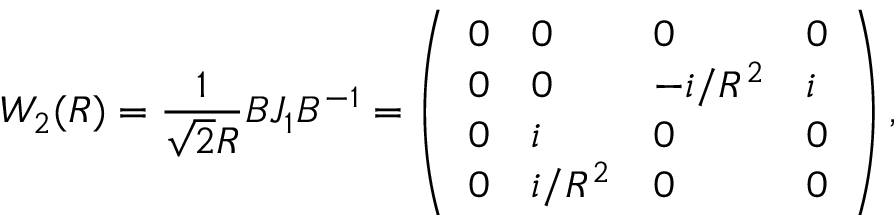
W _ { 2 } ( R ) = { \frac { 1 } { \sqrt { 2 } R } } B J _ { 1 } B ^ { - 1 } = \left( \begin{array} { l l l l } { { 0 } } & { { 0 } } & { { 0 } } & { { 0 } } \\ { { 0 } } & { { 0 } } & { { - i / R ^ { 2 } } } & { { i } } \\ { { 0 } } & { { i } } & { { 0 } } & { { 0 } } \\ { { 0 } } & { { i / R ^ { 2 } } } & { { 0 } } & { { 0 } } \end{array} \right) ,